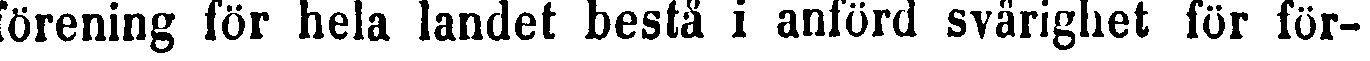
förening för kela landet bestå i anförd svärighet för för-